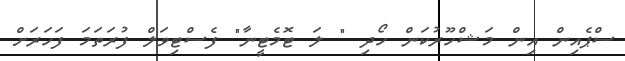
ސްޕެއިން އިން މަޝްހޫރުކަން ހޯދި " ލަ ޓޮމެޓީނާ" ފެސްޓިވަލް ފުރަތަމަ ފަހަރަށް